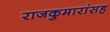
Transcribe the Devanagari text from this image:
राजकुमारांसह